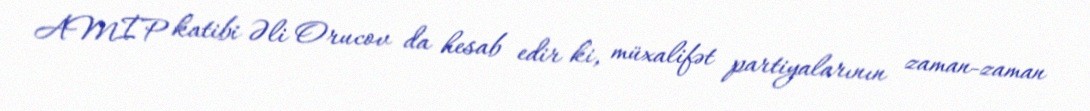
AMİP katibi Əli Orucov da hesab edir ki, müxalifət partiyalarının zaman-zaman